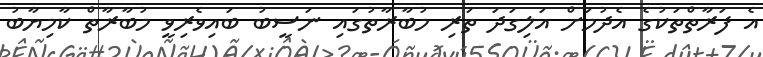
އެ ފަރާތްތަކުގެ އެދުމަށް އަލިގަދަ ތަރި މުބާރާތުގައި ނަސީބު ބައިވެރިވީ މުބާރާތް ކާމިޔާބު